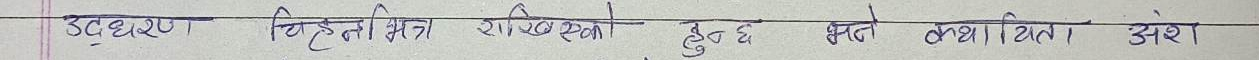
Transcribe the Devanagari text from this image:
उदाहरण चिन्हित चित्र राखिएको हुन्छ भने कति प्रतिशत अंश